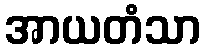
အာယတံသာ